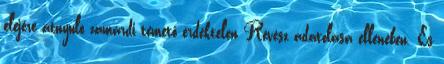
elejére átnyúló zamárdi temető érdektelen Révész adatolása ellenében. És